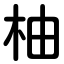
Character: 柚